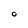
Character: 0